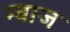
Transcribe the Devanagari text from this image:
न्वाज